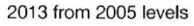
2013 from 2005 levels